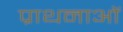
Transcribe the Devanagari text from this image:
प्राथनाओं